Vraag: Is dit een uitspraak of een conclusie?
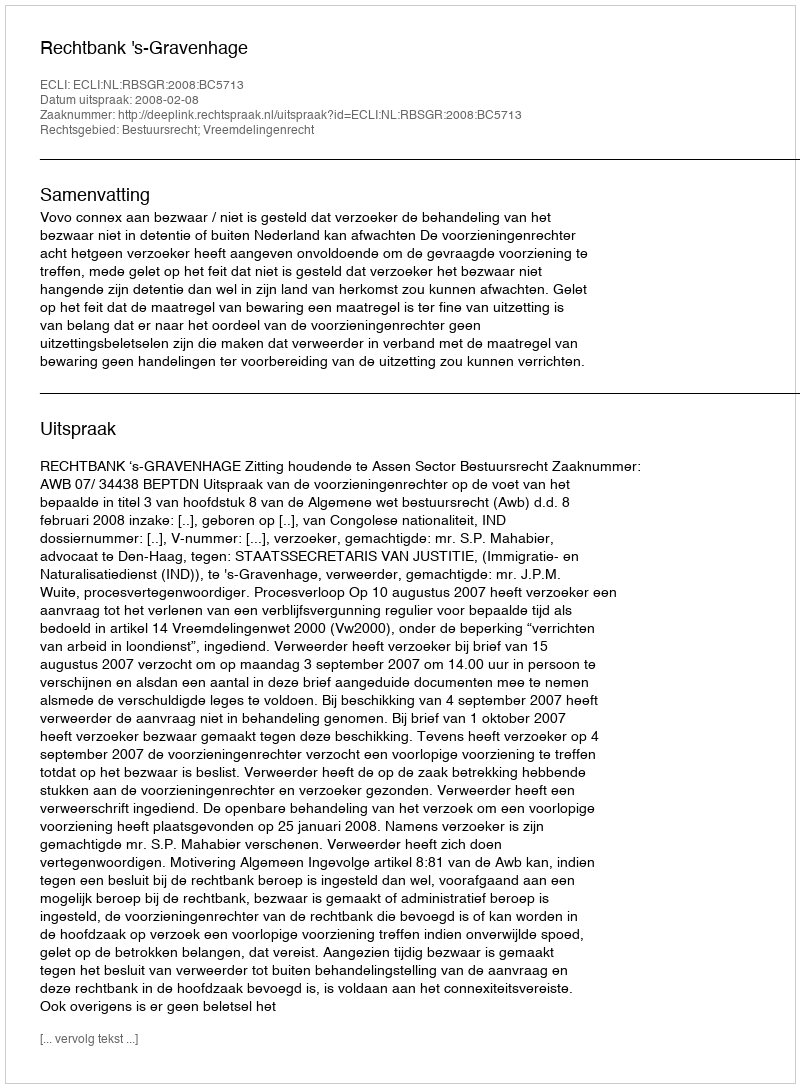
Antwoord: Uitspraak